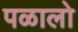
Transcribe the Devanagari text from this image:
पळालो